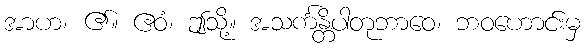
အာဟ၊ ၏။ ဧဝံ၊ ဤသို့။ အသင်္ကန္တိပါတုဘာဝေ၊ ဘဝဟောင်းမှ